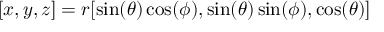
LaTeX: [ x , y , z ] = r [ \sin ( \theta ) \cos ( \phi ) , \sin ( \theta ) \sin ( \phi ) , \cos ( \theta ) ]